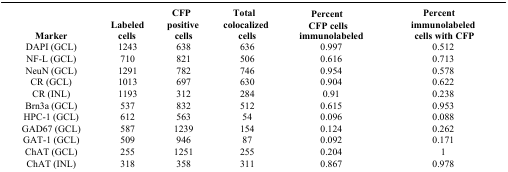
<table><thead><tr><td><b>Marker</b></td><td><b>Labeled cells</b></td><td><b>CFP positive cells</b></td><td><b>Total colocalized cells</b></td><td><b>Percent CFP cells immunolabeled</b></td><td><b>Percent immunolabeled cells with CFP</b></td></tr></thead><tbody><tr><td>DAPI (GCL)</td><td>1243</td><td>638</td><td>636</td><td>0.997</td><td>0.512</td></tr><tr><td>NF-L (GCL)</td><td>710</td><td>821</td><td>506</td><td>0.616</td><td>0.713</td></tr><tr><td>NeuN (GCL)</td><td>1291</td><td>782</td><td>746</td><td>0.954</td><td>0.578</td></tr><tr><td>CR (GCL)</td><td>1013</td><td>697</td><td>630</td><td>0.904</td><td>0.622</td></tr><tr><td>CR (INL)</td><td>1193</td><td>312</td><td>284</td><td>0.91</td><td>0.238</td></tr><tr><td>Brn3a (GCL)</td><td>537</td><td>832</td><td>512</td><td>0.615</td><td>0.953</td></tr><tr><td>HPC-1 (GCL)</td><td>612</td><td>563</td><td>54</td><td>0.096</td><td>0.088</td></tr><tr><td>GAD67 (GCL)</td><td>587</td><td>1239</td><td>154</td><td>0.124</td><td>0.262</td></tr><tr><td>GAT-1 (GCL)</td><td>509</td><td>946</td><td>87</td><td>0.092</td><td>0.171</td></tr><tr><td>ChAT (GCL)</td><td>255</td><td>1251</td><td>255</td><td>0.204</td><td>1</td></tr><tr><td>ChAT (INL)</td><td>318</td><td>358</td><td>311</td><td>0.867</td><td>0.978</td></tr></tbody></table>